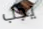
يجب